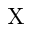
\mathrm { X }